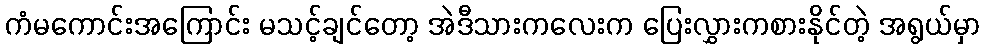
ကံမကောင်းအကြောင်း မသင့်ချင်တော့ အဲဒီသားကလေးက ပြေးလွှားကစားနိုင်တဲ့ အရွယ်မှာ